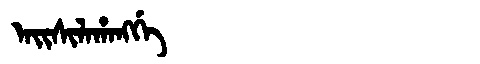
Manchu: ᠠᡳᠰᡳᠯᠠᡥᠠᠩᡤᡝ
Romanization: AISILAHANGGE